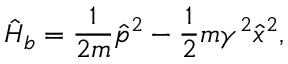
\hat { H } _ { b } = \frac { 1 } { 2 m } \hat { p } ^ { 2 } - \frac { 1 } { 2 } m \gamma ^ { 2 } \hat { x } ^ { 2 } ,